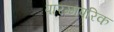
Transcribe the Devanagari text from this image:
पारम्मपरिक